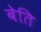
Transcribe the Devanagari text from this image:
बेति